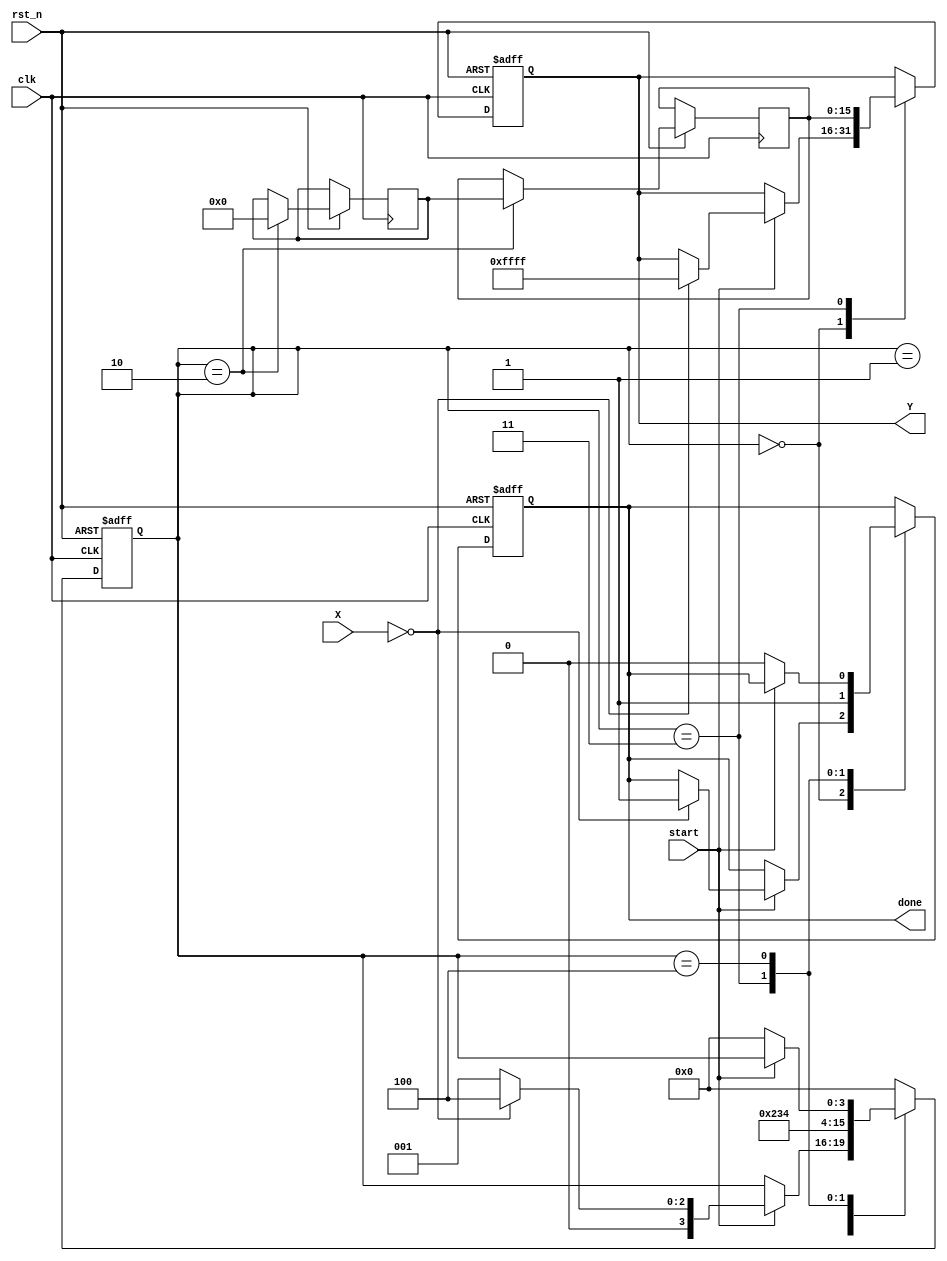
module DirectReciprocalUnit (
    input wire clk,
    input wire rst_n,
    input wire start,
    input wire [15:0] X, // Input signal (fixed-point representation)
    output reg [15:0] Y, // Reciprocal output
    output reg done // Indicates when the computation is complete
);

    reg [15:0] reciprocal; // Intermediate reciprocal value
    reg [3:0] state; // State variable for FSM
    reg [15:0] temp; // Temporary variable for calculations
    reg valid; // Flag to indicate if the input is valid

    // State encoding
    localparam IDLE = 4'b0000,
               CHECK = 4'b0001,
               CALC = 4'b0010,
               POST_PROC = 4'b0011,
               DONE = 4'b0100;

    // Pre-processing logic for special cases
    always @(posedge clk or negedge rst_n) begin
        if (!rst_n) begin
            state <= IDLE;
            Y <= 16'd0;
            done <= 1'b0;
            valid <= 1'b0;
        end else begin
            case (state)
                IDLE: begin
                    if (start) begin
                        if (X == 16'd0) begin
                            Y <= 16'hFFFF; // Handle division by zero (returning max value)
                            done <= 1'b1;
                            state <= DONE;
                        end else begin
                            valid <= 1'b1; // Valid input
                            state <= CHECK;
                        end
                    end
                end

                CHECK: begin
                    // Check for other special cases (e.g., infinity, NaN) if needed
                    // For now, we assume valid input
                    state <= CALC;
                end

                CALC: begin
                    // Fast reciprocal approximation (using Newton-Raphson)
                    // Initial approximation: Y = 1 / X
                    reciprocal <= 16'hFFFF / X; // Initial approximation (fixed-point)
                    // Iterative refinement (1st iteration)
                    temp <= reciprocal * (16'hFFFF - X * reciprocal) >> 16; // Newton-Raphson step
                    reciprocal <= temp;
                    state <= POST_PROC;
                end

                POST_PROC: begin
                    // Normalization and rounding (if needed)
                    Y <= reciprocal; // Assign the computed reciprocal to output
                    done <= 1'b1; // Indicate completion
                    state <= DONE;
                end

                DONE: begin
                    if (!start) begin
                        done <= 1'b0; // Reset done signal
                        state <= IDLE; // Go back to IDLE state
                    end
                end

                default: state <= IDLE; // Default to IDLE state
            endcase
        end
    end
endmodule